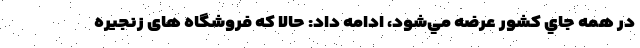
در همه جاي كشور عرضه مي‌شود، ادامه داد: حالا كه فروشگاه های زنجیره